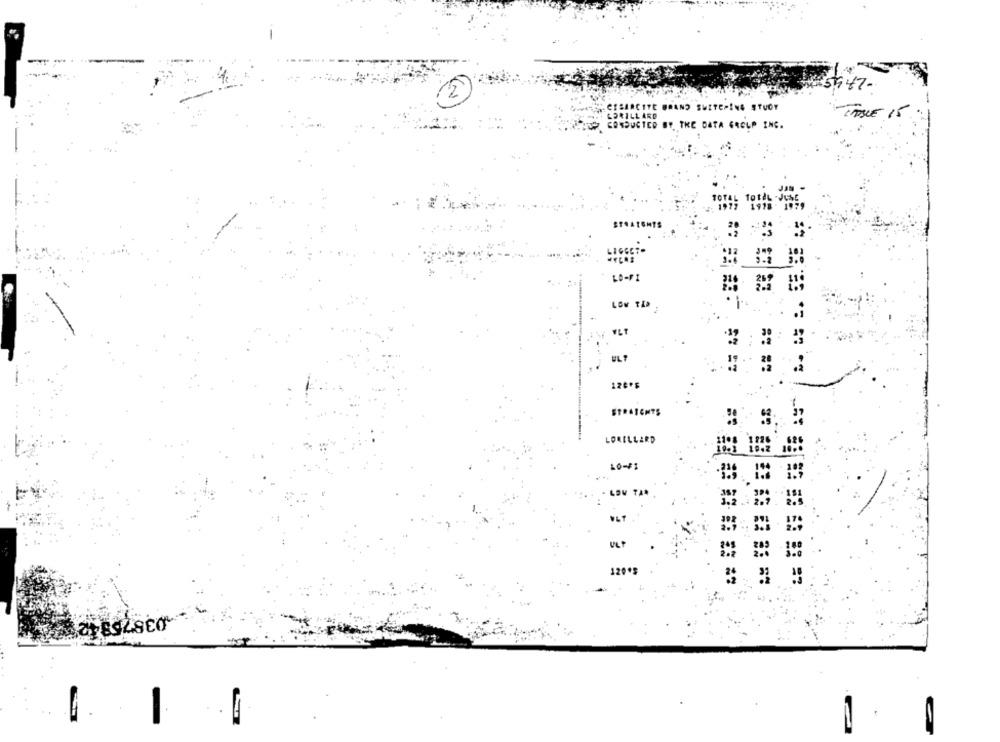
CESARCITE BRAND SUITEPING STUDY
LORILLARD
ETABLE 15
CONDUCTED BY THE DATA GROUP INC.
STRATENTS
LO-FI
LOW TIA
STRAIGHTS
LORILLARD
LO-FI
LOW TAR
120*$